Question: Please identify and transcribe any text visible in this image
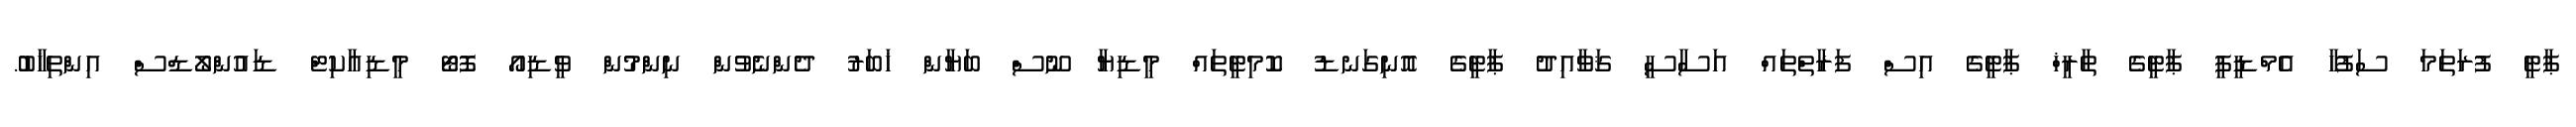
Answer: ޕާޓީ ފުރަތަމަ ސަފުހާ އެމްޑީޕީ ޕާޓީގެ ތާރީޚް ޕާޓީގެ އިސް ފަރާތްތައް އަސާސީ ޤަވާއިދު ޕާޓީގެ އޮނިގަނޑު ކޮމިޓީތައް މީޑިޔާ ނޫސް ބަޔާން ޚަބަރު ދެންނެވުން ނިންމުން ވީޑިއޯ ފޮޓޯ މީޑިއާކިޓް ޑައުންލޯޑްސް އިންތިޚާބު.